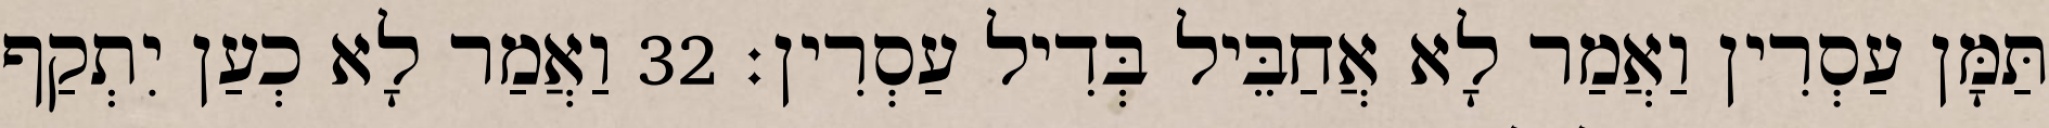
תַּמָּן עַסְרִין וַאֲמַר לָא אֲחַבֵּיל בְּדִיל עַסְרִין׃ 32 וַאֲמַר לָא כְעַן יִתְקַף